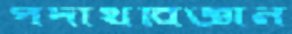
পদার্থবিজ্ঞান